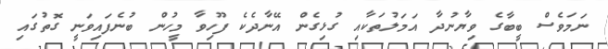
ނަމަވެސް ބީބާގެ ވިޔާނުދާ އަމަލުތަކާއި ގުޅިގެން އޭނާދެކެ ފޫހިވާ މީހުން ބުނެފައިވަނީ ގޮތުގައި